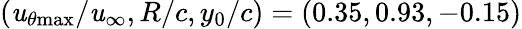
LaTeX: (\mathit{u}_{\theta\mathrm{{{max}}}}/\mathit{u}_{\infty},R/c,y_{0}/c)=(0.35,0.93,-0.15)